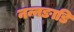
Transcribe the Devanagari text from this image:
नन्नङाडि